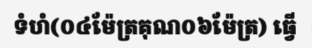
ទំហំ(០៤ម៉ែត្រគុណ០៦ម៉ែត្រ) ធ្វើ